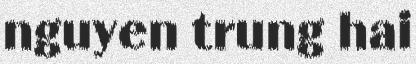
nguyen trung hai